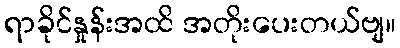
ရာခိုင်နှုန်းအထိ အတိုးပေးတယ်ဗျ။